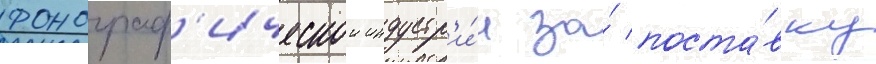
фонограф'ическои индустр'и́и за́ поста́вку